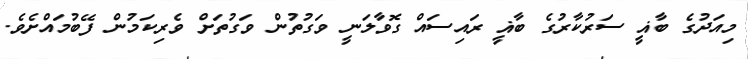
މިއަދުގެ ބާޣީ ސަރުކާރުގެ ބާޣީ ރައިސައް ގޮވާލަނީ ވަގުތުން ވަގުތަށް ވެރިކަމުން ފޭބުމައްށެވެ.